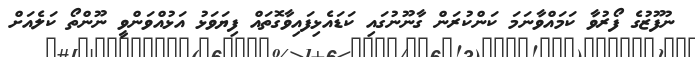
ނުފޫޒުގެ ފޯރުވާ ކަމައްވާނަމަ ކަންކުރަން ގާނޫނުގައި ކަޑައެޅިފައިވާގޮތައް ފިޔަވަޅު އަަޅުއްވަންވީ ނޫންތޯ ކަލެއަށް